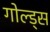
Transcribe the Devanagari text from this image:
गोल्ड्स